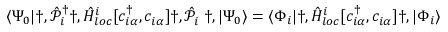
\langle \Psi _ { 0 } | \dag , \hat { \mathcal { P } } _ { i } ^ { { \dagger } } \dag , \hat { H } _ { l o c } ^ { i } [ c _ { i \alpha } ^ { \dagger } , c _ { i \alpha } ^ { \phantom { \dagger } } ] \dag , \hat { \mathcal { P } } _ { i } ^ { \phantom { \dagger } } \dag , | \Psi _ { 0 } \rangle = \langle \Phi _ { i } | \dag , \hat { H } _ { l o c } ^ { i } [ c _ { i \alpha } ^ { \dagger } , c _ { i \alpha } ^ { \phantom { \dagger } } ] \dag , | \Phi _ { i } \rangle